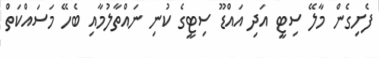
ފެށިގެން މާލޭ ސިޓީ އަދި އައްޑޫ ސިޓީގެ ކުނި ނައްތާލުމާއި ބެހޭ މަސައްކަތް